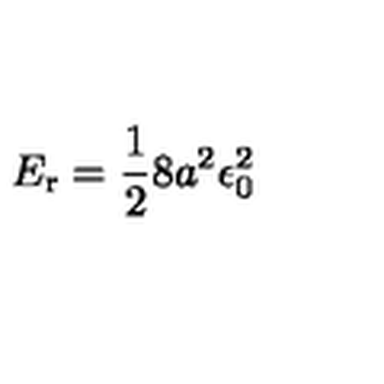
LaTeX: E _ { \mathrm { r } } = { \frac { 1 } { 2 } } 8 a ^ { 2 } \epsilon _ { 0 } ^ { 2 }